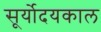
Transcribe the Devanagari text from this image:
सूर्योदयकाल